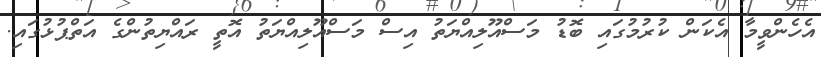
އެހެންވީމާ އެކަން ކުރުމުގައި ބޮޑު މަސްއޫލިއްޔަތު އިސް މަސްއޫލިއްޔަތު އޮތީ ރައްޔިތުންގެ އަތްޕުޅުގައި.